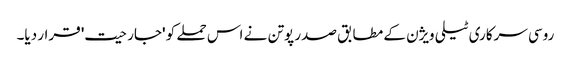
روسی سرکاری ٹیلی ویژن کے مطابق صدر پوتن نے اس حملے کو 'جارحیت' قرار دیا۔